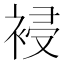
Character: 䘲